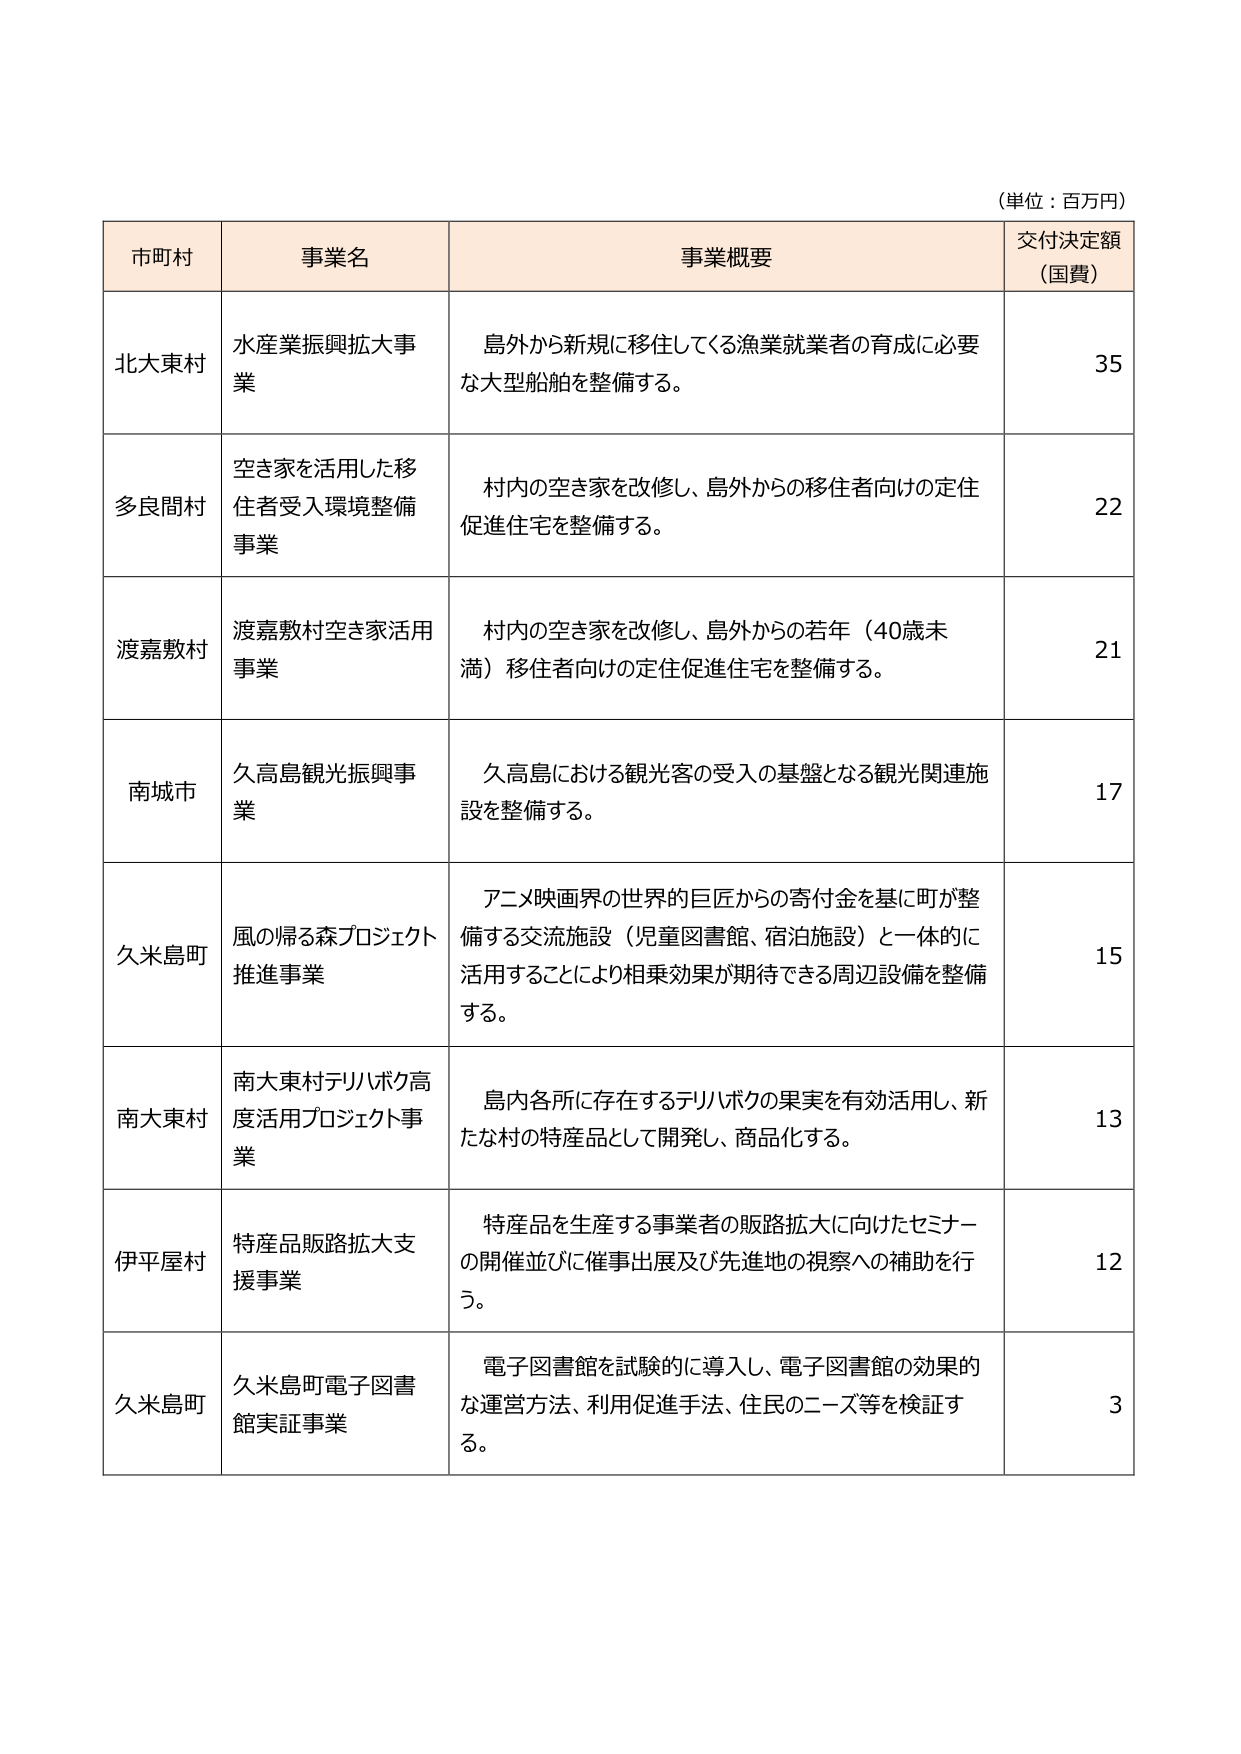
（単位：百万円）

市町村 事業名 事業概要 交付決定額 （国費）

北大東村 水産業振興拡大事業 島外から新規に移住してくる漁業就業者の育成に必要な大型船舶を整備する。 35

多良間村 空き家を活用した移住者受入環境整備事業 村内の空き家を改修し、島外からの移住者向けの定住促進住宅を整備する。 22

渡嘉敷村 渡嘉敷村空き家活用事業 村内の空き家を改修し、島外からの若年（40歳未満）移住者向けの定住促進住宅を整備する。 21

南城市 久高島観光振興事業 久高島における観光客の受入の基盤となる観光関連施設を整備する。 17

久米島町 風の帰る森プロジェクト推進事業 アニメ映画界の世界的巨匠からの寄付金を基に町が整備する交流施設（児童図書館、宿泊施設）と一体的に活用することにより相乗効果が期待できる周辺設備を整備する。 15

南大東村 南大東村テリハボク高度活用プロジェクト事業 島内各所に存在するテリハボクの果実を有効活用し、新たな村の特産品として開発し、商品化する。 13

伊平屋村 特産品販路拡大支援事業 特産品を生産する事業者の販路拡大に向けたセミナーの開催並びに催事出展及び先進地の視察への補助を行う。 12

久米島町 久米島町電子図書館実証事業 電子図書館を試験的に導入し、電子図書館の効果的な運営方法、利用促進手法、住民のニーズ等を検証する。 3